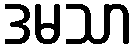
ဒမသာ